Plague in India, 1896, 1897 - Volume 1
Year: 1896
Disease focus: Plague
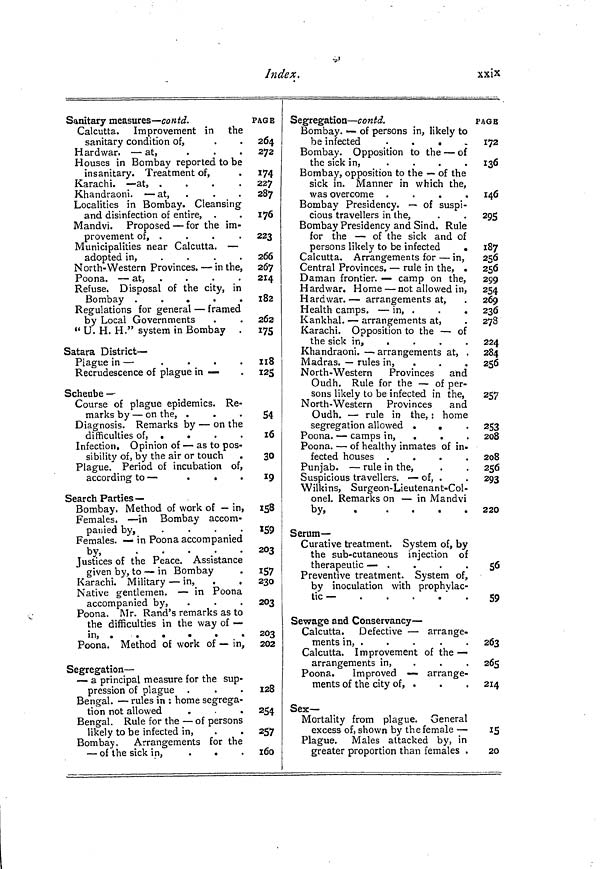
Index.
xxix
Sanitary measures — contd.
Calcutta. Improvement in the
sanitary condition of,
H ardwar. — at,
Houses in Bombay reported to be
insanitary. Treatment of,
Karachi. — at, .
.
.
.
Khandraoni. — at,
Localities in Bombay. Cleansing
and disinfection of entire, .
Mandvi. Proposed — for the im-
provement of, .
Municipalities near Calcutta. —
adopted in,
....
North- Western Provinces. — in the,
Poona. — at,
Refuse. Disposal of the city, in
Bombay .
.
.
.
.
Regulations for general — framed
by Local Governments
" U. H. H." system in Bombay .
Satara District —
Plague in —
Recrudescence of plague in —
Scheube —
Course of plague epidemics. Re-
marks by — on the, .
Diagnosis. Remarks by — on the
difficulties of, .
.
Infection. Opinion of — as to pos-
sibility of, by the air or touch
.
Plague. Period of incubation of,
according to —
.
.
Search Parties —
Bombay. Method of work of — in,
Females. — in Bombay accom-
panied by, .
.
.
.
Females. — in Poona accompanied
by,
Justices of the Peace. Assistance
given by, to — in Bombay
Karachi. Military — in, .
.
Native gentlemen. — in Poona
accompanied by,
Poona. Mr. Rand's remarks as to
the difficulties in the way of —
in
Poona. Method of work of — in,
Segregation —
— a principal measure for the sup-
pression of plague
Bengal. — rules in : home segrega-
tion not allowed
.
.
Bengal. Rule for the — of persons
likely to be infected in,
Bombay. Arrangements for the
— of the sick in,
.
.
PAGE
264
272
174
227
287
176
223
266
267
214
182
262
175
118
125
54
10
30
19
158
159
203
157
230
203
203
•— -wj
202
128
254
257
160
Segregation — contd.
Bombay. — of persons in, likely to
be infected
.
Bombay. Opposition to the — of
the sick in,
Bombay, opposition to the — of the
sick in. Manner in which the,
was overcome .
.
.
.
Bombay Presidency. — of suspi-
cious travellers in the,
Bombay Presidency and Sind. Rule
for the — of the sick and of
persons likely to be infected
.
Calcutta. Arrangements for — in,
Central Provinces. — rule in the, .
Daman frontier. — camp on the,
H ardwar. Home — not allowed in,
Hard war. — arrangements at,
Health camps. — in, .
Kankhal. — arrangements at,
Karachi. Opposition to the — of
the sick in,
.
.
.
.
Khandraoni. — arrangements at, .
Madras. — rules in,
North-Western
Provinces and
Oudh. Rule for the — of per-
sons likely to be infected in the,
North-Western Provinces and
Oudh. — rule in the, : home
segregation allowed .
.
Poona. — camps in,
Poona. — of healthy inmates of in.
fected houses .
.
.
.
Punjab. — rule in the,
Suspicious travellers. — of, .
Wilkins, Surgeon-Lieutenant-Col-
onel. Remarks on — in Mandvi
by
Serum —
Curative treatment. System of, by
the sub-cutaneous injection of
therapeutic — .
Preventive treatment. System of,
by inoculation with prophvlac-
tic —
.
.
.
Sewage and Conservancy —
Calcutta. Defective — arrange-
ments in, .
Calcutta. Improvement of the —
arrangements in,
...
Poona.
Improved — arrange-
ments of the city of, .
Sex-
Mortality from plague. General
excess of, shown by the female —
Plague. Males attacked by, in
greater proportion than females .
PAGE
172
136
146
295
187
256
256
299
254
269
236
278
224
284
256
257
253
208
208
256
293
220
56
59
263
265
214
15
20